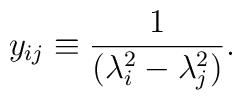
y_{ij} \equiv \frac{1}{(\lambda_i^2 - \lambda_j^2)}.